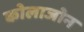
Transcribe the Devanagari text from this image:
कोलाजोन